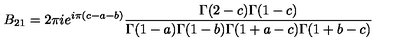
B _ { 2 1 } = 2 \pi i e ^ { i \pi ( c - a - b ) } \frac { \Gamma ( 2 - c ) \Gamma ( 1 - c ) } { \Gamma ( 1 - a ) \Gamma ( 1 - b ) \Gamma ( 1 + a - c ) \Gamma ( 1 + b - c ) }